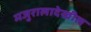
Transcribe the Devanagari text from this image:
मजुरालादेखील